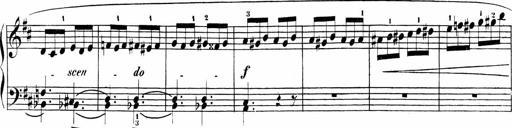
Title: Sonatinas
Composer: Andrew Violette